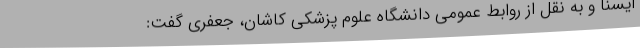
ایسنا و به نقل از روابط عمومی دانشگاه علوم پزشکی کاشان، جعفری گفت: